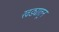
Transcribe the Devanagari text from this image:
खड्यातून